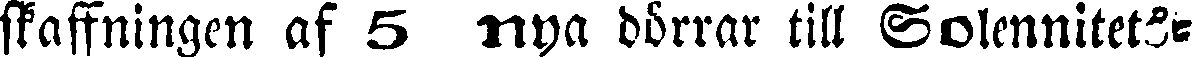
skaffningen af 5 nya dörrar till Solennitets-